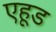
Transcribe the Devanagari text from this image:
एहूड